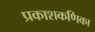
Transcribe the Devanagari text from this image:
प्रकाशकणिका